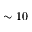
\sim 1 0